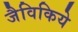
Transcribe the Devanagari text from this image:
जैविकिये